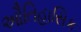
ઔતિહાસિક